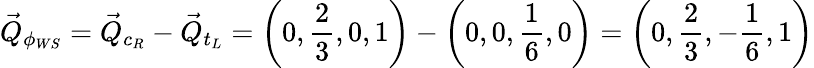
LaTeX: \vec{Q}_{\phi_{WS}}=\vec{Q}_{c_{R}}-\vec{Q}_{t_{L}}=\left(0,\frac{2}{3},0,1\right)-\left(0,0,\frac{1}{6},0\right)=\left(0,\frac{2}{3},-\frac{1}{6},1\right)